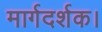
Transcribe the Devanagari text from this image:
मार्गदर्शक।